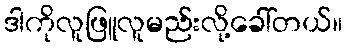
ဒါကိုလူဖြူလူမည်းလို့ခေါ်တယ်။